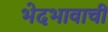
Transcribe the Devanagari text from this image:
भेदभावाची